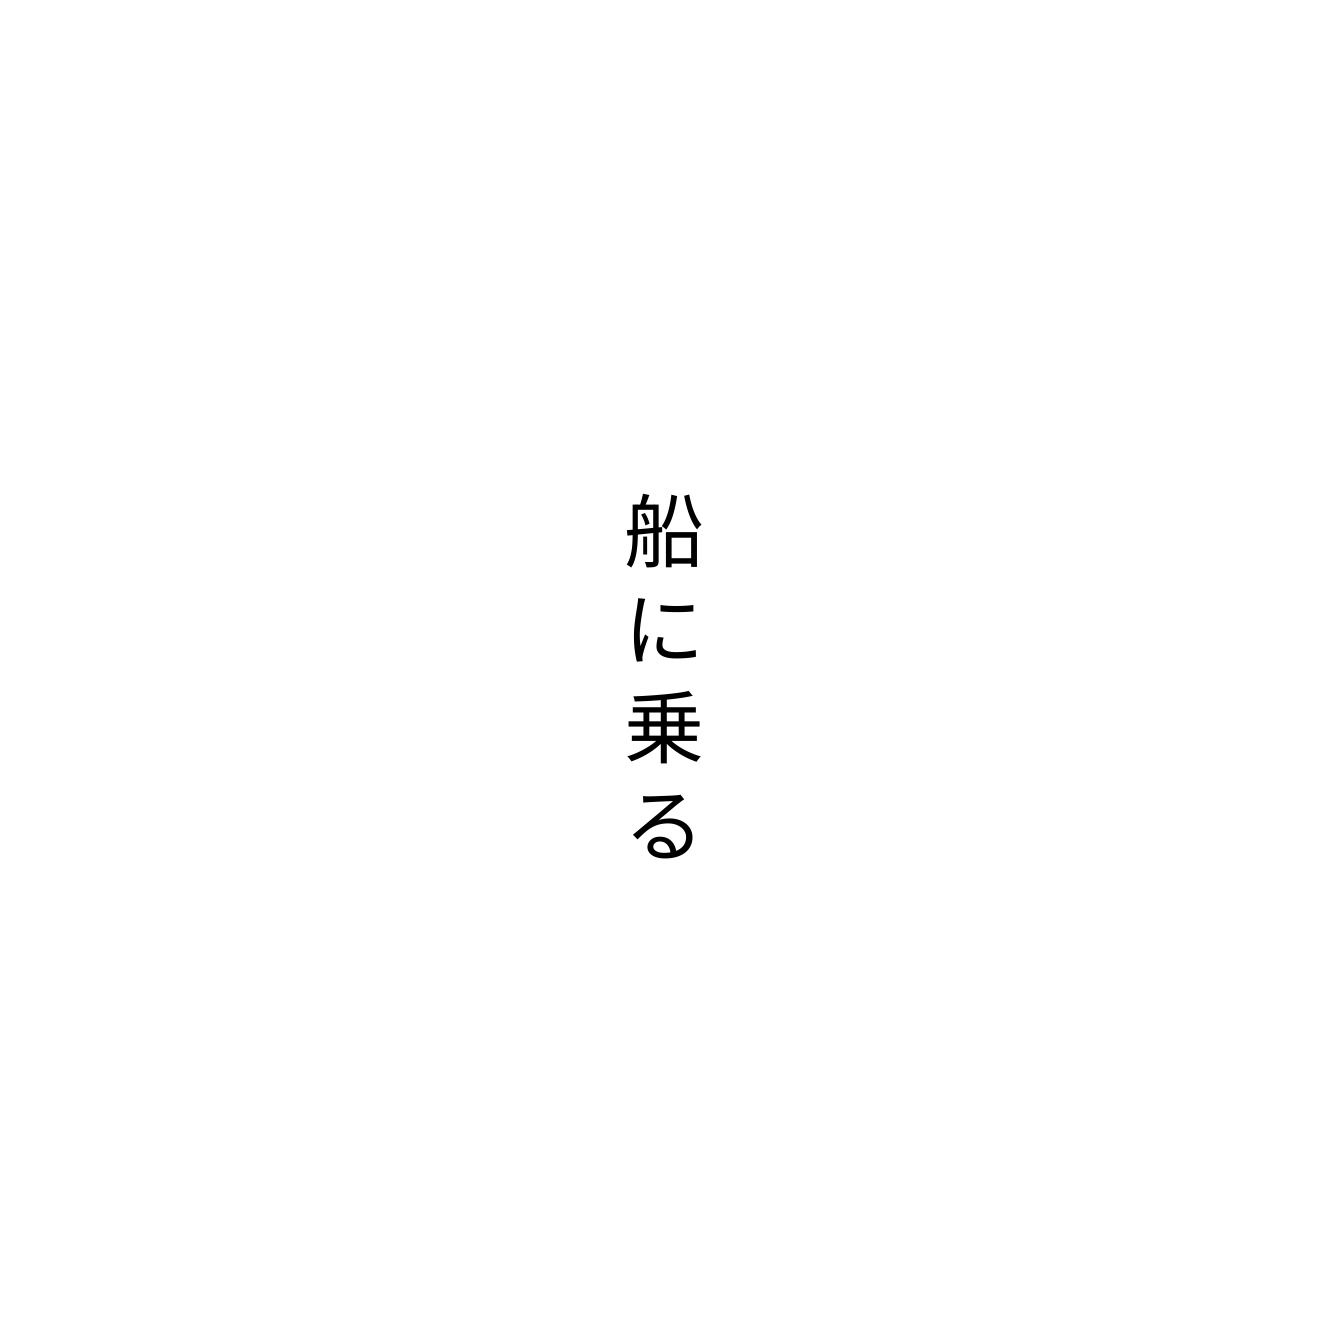
船に乗る